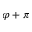
\varphi + \pi